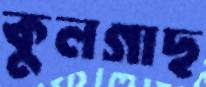
কুলগাছ